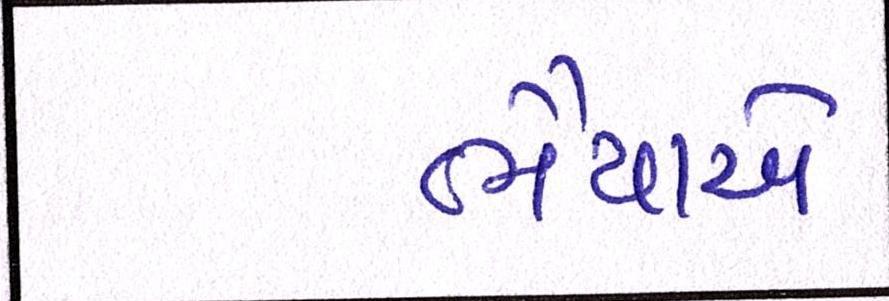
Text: ભૈયાએ